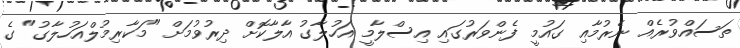
ތަސައްވުރެއް ނެރުމާއި ގައުމީ ފެންވަރުގައި އިސްލާމީ އަހުލާގު އާލާކޮށް ދިރުވުމަށް "މަކާރިމުލްއަހުލާގު" ގެ